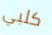
كلبي